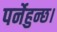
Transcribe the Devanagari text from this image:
पर्नेहुन्छ।